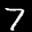
Label: 7